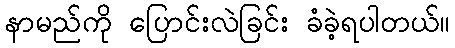
နာမည်ကို ပြောင်းလဲခြင်း ခံခဲ့ရပါတယ်။